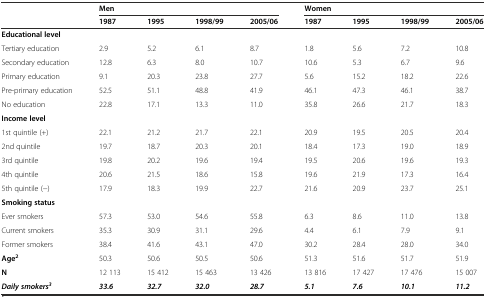
<table><thead><tr><td></td><td colspan="4"><b>Men</b></td><td colspan="4"><b>Women</b></td></tr><tr><td></td><td><b>1987</b></td><td><b>1995</b></td><td><b>1998/99</b></td><td><b>2005/06</b></td><td><b>1987</b></td><td><b>1995</b></td><td><b>1998/99</b></td><td><b>2005/06</b></td></tr></thead><tbody><tr><td><b>Educational level</b></td><td></td><td></td><td></td><td></td><td></td><td></td><td></td><td></td></tr><tr><td>Tertiary education</td><td>2.9</td><td>5.2</td><td>6.1</td><td>8.7</td><td>1.8</td><td>5.6</td><td>7.2</td><td>10.8</td></tr><tr><td>Secondary education</td><td>12.8</td><td>6.3</td><td>8.0</td><td>10.7</td><td>10.6</td><td>5.3</td><td>6.7</td><td>9.6</td></tr><tr><td>Primary education</td><td>9.1</td><td>20.3</td><td>23.8</td><td>27.7</td><td>5.6</td><td>15.2</td><td>18.2</td><td>22.6</td></tr><tr><td>Pre-primary education</td><td>52.5</td><td>51.1</td><td>48.8</td><td>41.9</td><td>46.1</td><td>47.3</td><td>46.1</td><td>38.7</td></tr><tr><td>No education</td><td>22.8</td><td>17.1</td><td>13.3</td><td>11.0</td><td>35.8</td><td>26.6</td><td>21.7</td><td>18.3</td></tr><tr><td><b>Income level</b></td><td></td><td></td><td></td><td></td><td></td><td></td><td></td><td></td></tr><tr><td>1st quintile (+)</td><td>22.1</td><td>21.2</td><td>21.7</td><td>22.1</td><td>20.9</td><td>19.5</td><td>20.5</td><td>20.4</td></tr><tr><td>2nd quintile</td><td>19.7</td><td>18.7</td><td>20.3</td><td>20.1</td><td>18.4</td><td>17.3</td><td>19.0</td><td>18.9</td></tr><tr><td>3rd quintile</td><td>19.8</td><td>20.2</td><td>19.6</td><td>19.4</td><td>19.5</td><td>20.6</td><td>19.6</td><td>19.3</td></tr><tr><td>4th quintile</td><td>20.6</td><td>21.5</td><td>18.6</td><td>15.8</td><td>19.6</td><td>21.9</td><td>17.3</td><td>16.4</td></tr><tr><td>5th quintile (−)</td><td>17.9</td><td>18.3</td><td>19.9</td><td>22.7</td><td>21.6</td><td>20.9</td><td>23.7</td><td>25.1</td></tr><tr><td><b>Smoking status</b></td><td></td><td></td><td></td><td></td><td></td><td></td><td></td><td></td></tr><tr><td>Ever smokers</td><td>57.3</td><td>53.0</td><td>54.6</td><td>55.8</td><td>6.3</td><td>8.6</td><td>11.0</td><td>13.8</td></tr><tr><td>Current smokers</td><td>35.3</td><td>30.9</td><td>31.1</td><td>29.6</td><td>4.4</td><td>6.1</td><td>7.9</td><td>9.1</td></tr><tr><td>Former smokers</td><td>38.4</td><td>41.6</td><td>43.1</td><td>47.0</td><td>30.2</td><td>28.4</td><td>28.0</td><td>34.0</td></tr><tr><td><b>Age</b><sup><b>2</b></sup></td><td>50.3</td><td>50.6</td><td>50.5</td><td>50.6</td><td>51.3</td><td>51.6</td><td>51.7</td><td>51.9</td></tr><tr><td><b>N</b></td><td>12 113</td><td>15 412</td><td>15 463</td><td>13 426</td><td>13 816</td><td>17 427</td><td>17 476</td><td>15 007</td></tr><tr><td><b><i>Daily smokers</i></b><sup><b><i>3</i></b></sup></td><td><b><i>33.6</i></b></td><td><b><i>32.7</i></b></td><td><b><i>32.0</i></b></td><td><b><i>28.7</i></b></td><td><b><i>5.1</i></b></td><td><b><i>7.6</i></b></td><td><b><i>10.1</i></b></td><td><b><i>11.2</i></b></td></tr></tbody></table>